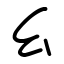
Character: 幺